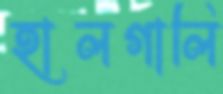
হালগালি